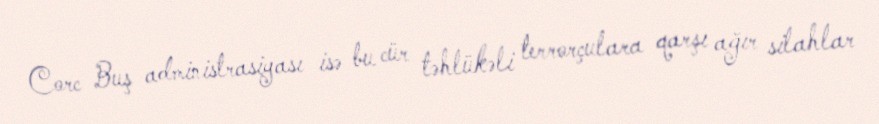
Corc Buş administrasiyası isə bu cür təhlükəli terrorçulara qarşı ağır silahlar